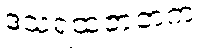
ဒသရထဇာတက